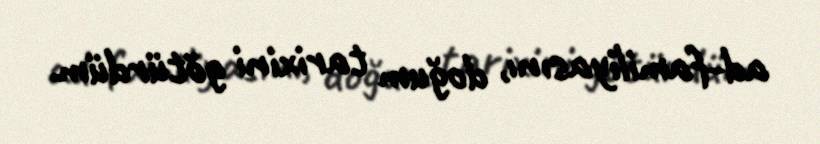
ad-familiyasını, doğum tarixini götürdüm.